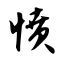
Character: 愤